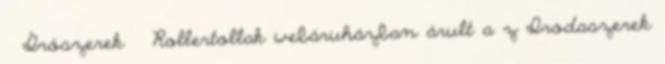
Írószerek Rollertollak webáruházban árult a z Irodaszerek